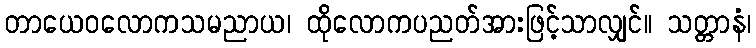
တာယေဝလောကသမညာယ၊ ထိုလောကပညတ်အားဖြင့်သာလျှင်။ သတ္တာနံ၊